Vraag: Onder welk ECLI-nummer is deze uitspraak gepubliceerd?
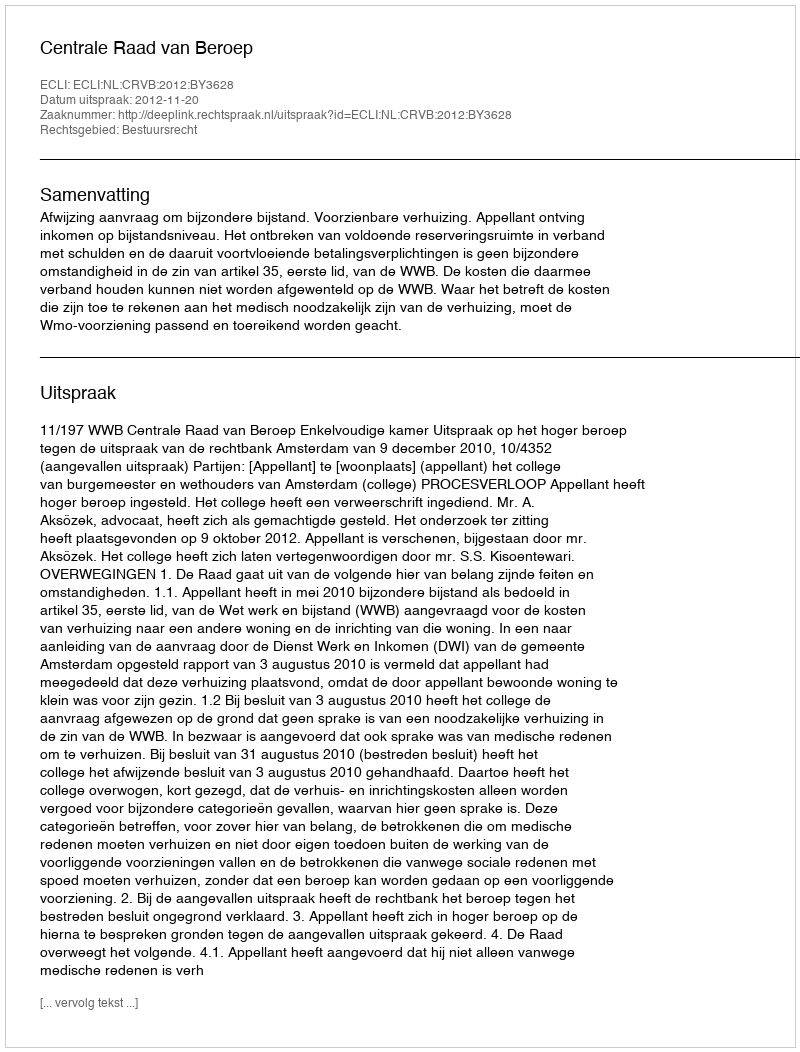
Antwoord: ECLI:NL:CRVB:2012:BY3628